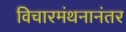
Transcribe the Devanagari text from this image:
विचारमंथनानंतर